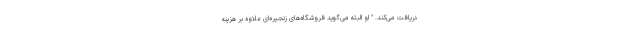
دریافت می‌کند. " او البته می‌گوید فروشگاه‌های زنجیره‌ای علاوه بر هزینه